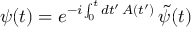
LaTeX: \psi ( t ) = e ^ { - i \int _ { 0 } ^ { t } d t ^ { \prime } \, A ( t ^ { \prime } ) } \, \tilde { \psi } ( t )